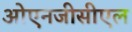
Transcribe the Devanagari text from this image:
ओएनजीसीएल